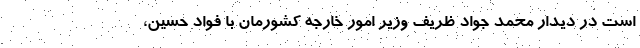
است در دیدار محمد جواد ظریف وزیر امور خارجه کشورمان با فواد حسین،